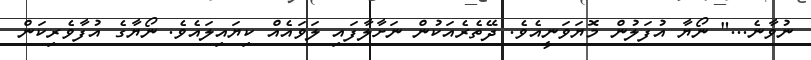
ނުވާނެ..." ނޯޔާ އުފަލުން މޮޔަވަނީއެވެ. ދޭތެރެއަކުން ނަށާލާފައި ލަވައެއް ކިޔައިލައެވެ. ނޯޔާގެ އުފާވެރިކަން